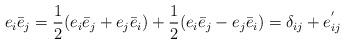
LaTeX: \begin{align*}e_i \bar{e}_j =\frac{1}{2} (e_i \bar{e}_j+e_j \bar{e}_i) +\frac{1}{2}(e_i \bar{e}_j - e_j \bar{e}_i)=\delta_{ij}+e^{'}_{ij}\end{align*}